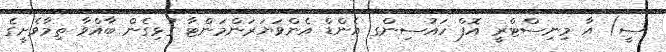
ސީ) އާ މިނިސްޓްރީ އޮފް ހައުސިންގ އެންޑް އެންވަޔަރަންމަންޓާ ގުޅިގެން ބާއްވާ ތިމާވެށީގެ